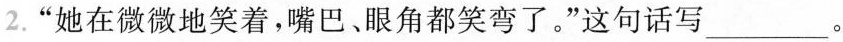
2.”她在微微地笑着，嘴巴、眼角都笑弯了。”这句话写___。